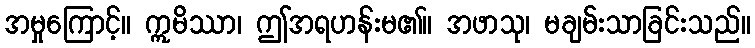
အမှုကြောင့်။ ဣမိဿာ၊ ဤအရဟန်းမ၏။ အဖာသု၊ မချမ်းသာခြင်းသည်။